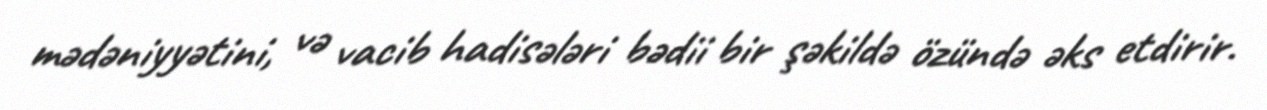
mədəniyyətini, və vacib hadisələri bədii bir şəkildə özündə əks etdirir.